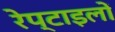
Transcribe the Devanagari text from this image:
रेप्टाइलों